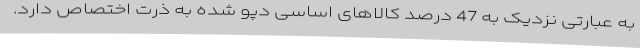
به عبارتی نزدیک به 47 درصد کالاهای اساسی دپو شده به ذرت اختصاص دارد.